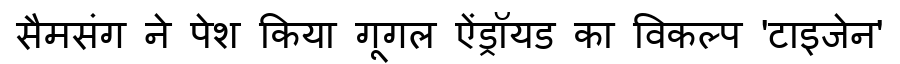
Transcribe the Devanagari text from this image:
सैमसंग ने पेश किया गूगल ऐंड्रॉयड का विकल्प 'टाइजेन'